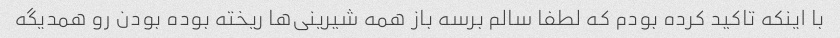
با اینکه تاکید کرده بودم که لطفا سالم برسه باز همه شیرینی‌ها ریخته بوده بودن رو همدیگه